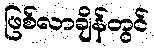
ဖြစ်လာချိန်တွင်